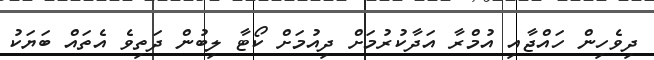
ދިވެހިން ހައްޖާއި އުމްރާ އަދާކުރުމަށް ދިއުމަށް ކޯޓާ ލިބުން ދަތިވެ އެތައް ބަޔަކު